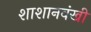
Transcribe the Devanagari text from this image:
शाशानवंखी